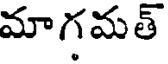
మాగమత్